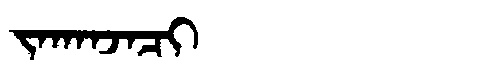
Manchu: ᠵᠠᡴᠠᠨᠵᠠᠴᡳ
Romanization: JAKANJACI